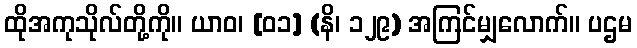
ထိုအကုသိုလ်တို့ကို။ ယာဝ၊ [၀၁] (နိ၊ ၁၂၉) အကြင်မျှလောက်။ ပဌမ